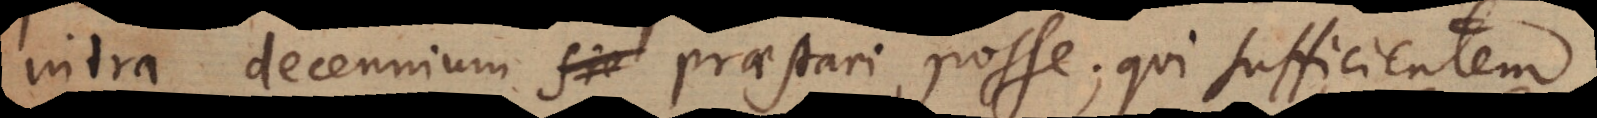
intra decennium sie praestari posse; qui sufficientem